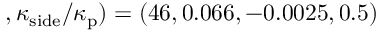
, \kappa _ { \mathrm { s i d e } } / \kappa _ { \mathrm { p } } ) = ( 4 6 , 0 . 0 6 6 , - 0 . 0 0 2 5 , 0 . 5 )